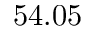
5 4 . 0 5